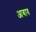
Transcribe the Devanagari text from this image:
आबाव